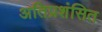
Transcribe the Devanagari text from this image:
अतिप्रशंसित